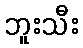
ဘူးသီး